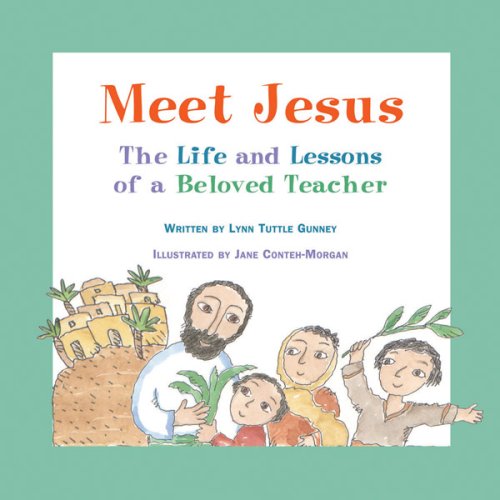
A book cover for Meet Jesus: The Life and Lessons of a Beloved Teacher; Lynn Tuttle Gunney; Religion & Spirituality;